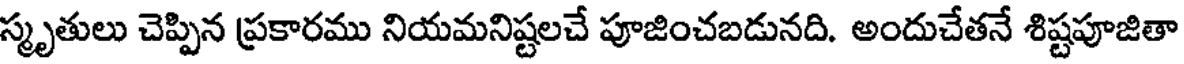
స్మృతులు చెప్పిన ప్రకారము నియమనిష్టలచే పూజించబడునది. అందుచేతనే శిష్టపూజితా